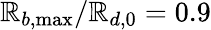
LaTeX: \mathbb{R}_{b,\operatorname*{max}}/\mathbb{R}_{d,0}=0.9